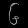
Digit: ၆